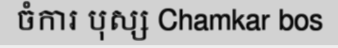
ចំការ បុស្ស Chamkar bos